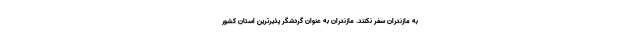
به مازندران سفر نکنند. مازندران به عنوان گردشگر پذیرترین استان کشور